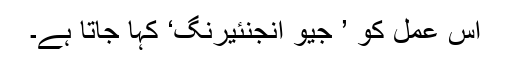
اس عمل کو ’ جیو انجنئیرنگ‘ کہا جاتا ہے۔